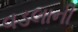
વડલાની